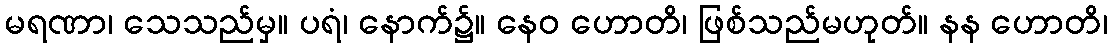
မရဏာ၊ သေသည်မှ။ ပရံ၊ နောက်၌။ နေဝ ဟောတိ၊ ဖြစ်သည်မဟုတ်။ နန ဟောတိ၊